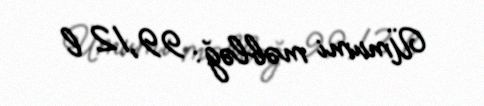
Ümumi məbləğ: 99,12 l